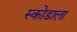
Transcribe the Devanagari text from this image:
स्कोडाला